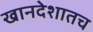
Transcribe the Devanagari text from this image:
खानदेशातच